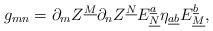
LaTeX: \begin{align*}g_{mn}=\partial_mZ^{\underline M}\partial_n Z^{\underline N}E^{\underline{a}}_{\underline N} \eta_{\underline{a}\underline{b}}E^{\underline{b}}_{\underline M},\end{align*}